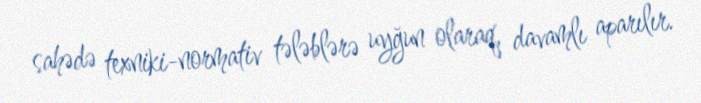
sahədə texniki-normativ tələblərə uyğun olaraq, davamlı aparılır.